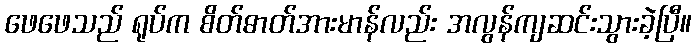
ဖေဖေသည် ရုပ်က စိတ်ဓာတ်အားမာန်လည်း အလွန်ကျဆင်းသွားခဲ့ပြီ။